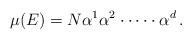
LaTeX: \begin{align*}\mu(E) = N \alpha^{1}\alpha^{2}\cdot \dots \cdot \alpha^{d} \, .\end{align*}